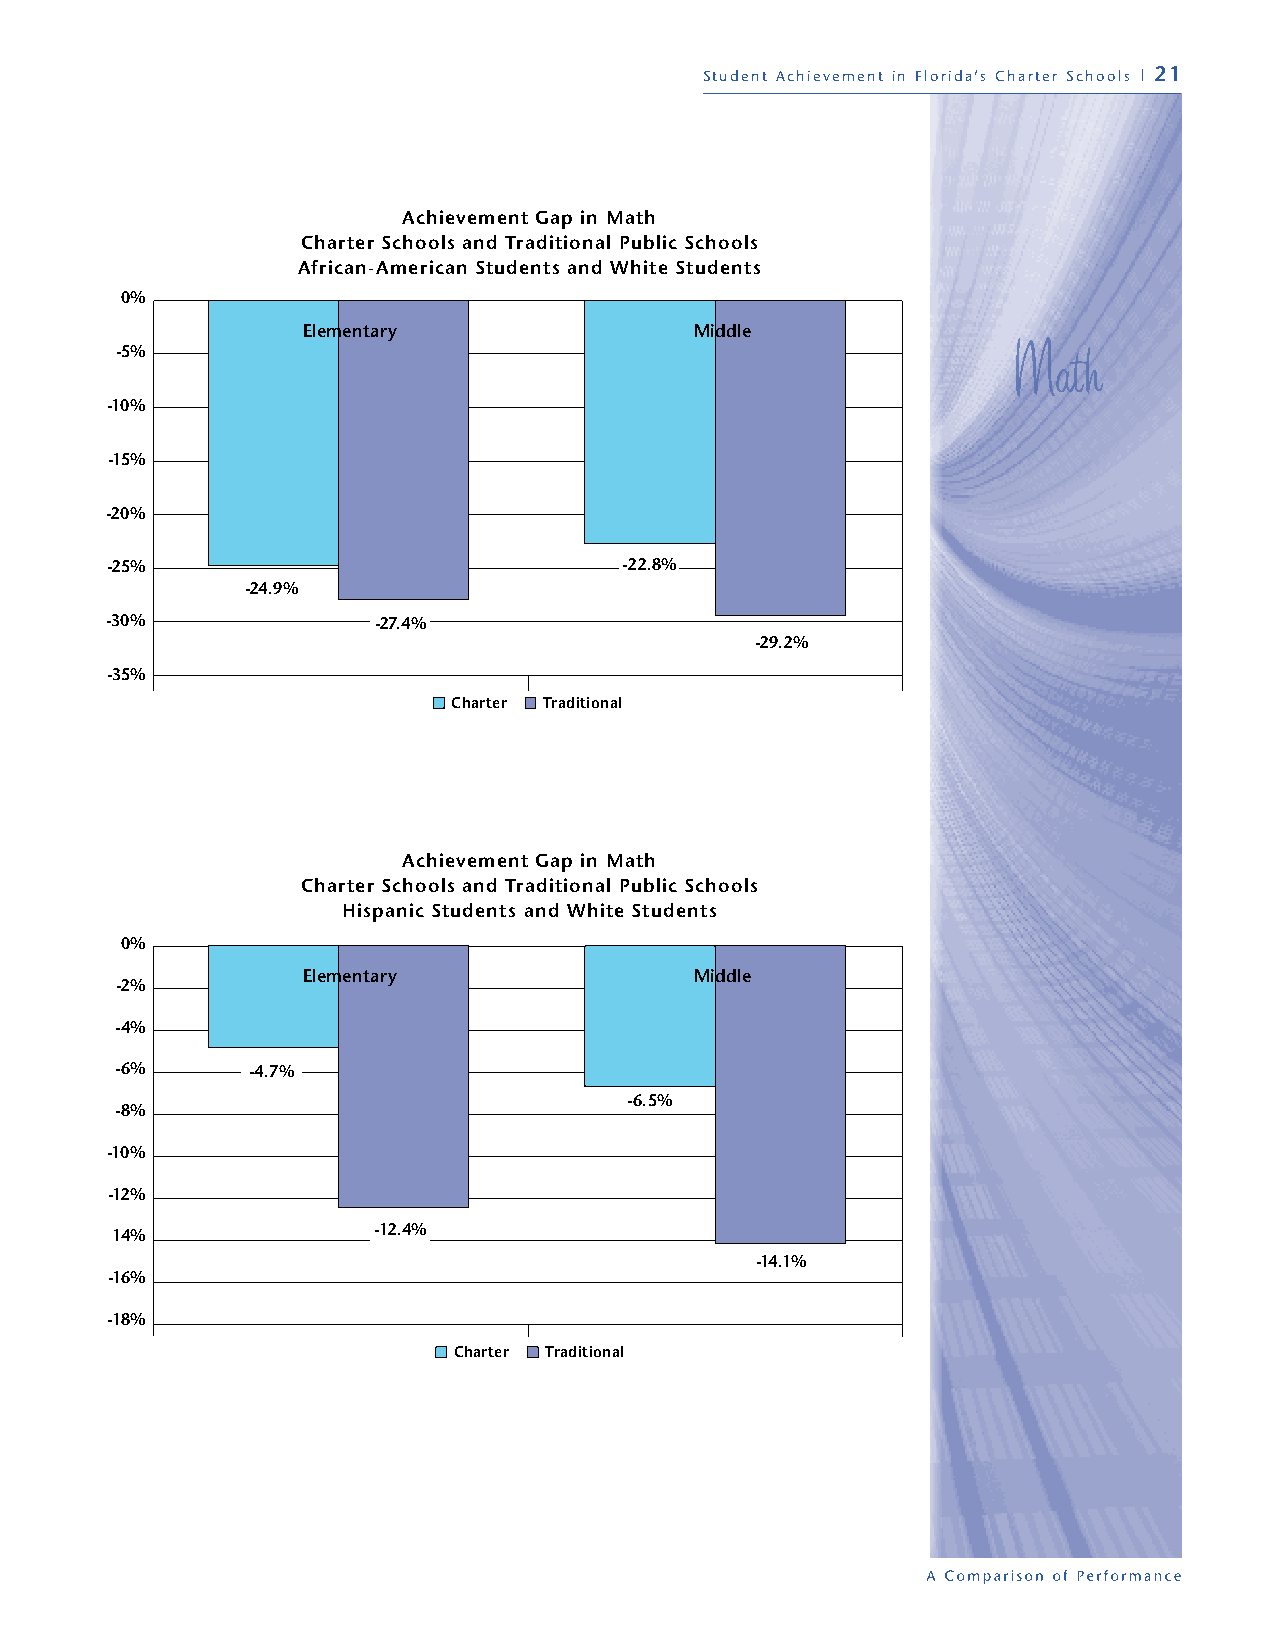
Student Achievement in Florida’s Charter Schools | 21
 Achievement Gap in Math
 Charter Schools and Traditional Public Schools
 African-American Students and White Students
 0%
 Elementary                Middle
 -5%
 -10%
 -15%
 -20%
 -25%                              -22.8%
 -24.9%
 -30%              -27.4%
 -29.2%
 -35%
 Charter Traditional
 Achievement Gap in Math
 Charter Schools and Traditional Public Schools
 Hispanic Students and White Students
 0%
 Elementary                Middle
 -2%
 -4%
 -6%     -4.7%
 -6.5%
 -8%
 -10%
 -12%
 -12.4%
 14%
 -14.1%
 -16%
 -18%
 Charter Traditional